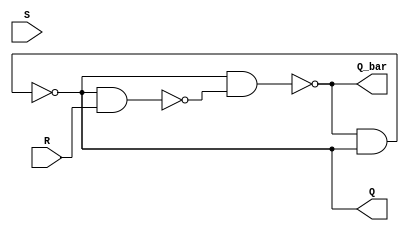
module sr_latch (
    input S, R,
    output Q, Q_bar
);

wire S1, R1, Q1, Q_bar1;

// NOR latch
nand #(2) nand1 (S, Q_bar1, S1);
nand #(2) nand2 (R1, Q, R);

// NAND latch
nand #(2) nand3 (Q_bar, Q1, R1);
nand #(2) nand4 (Q, Q_bar1, Q1);

assign Q = Q1;
assign Q_bar = Q_bar1;

endmodule